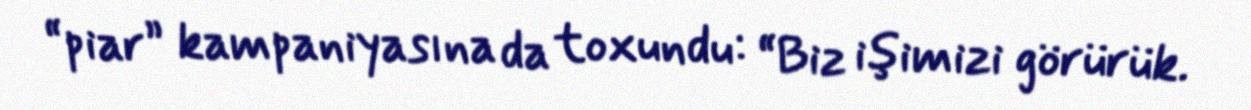
“piar” kampaniyasına da toxundu: “Biz işimizi görürük.